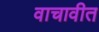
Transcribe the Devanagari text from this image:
वाचावीत